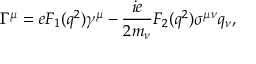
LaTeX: \Gamma ^ { \mu } = e F _ { 1 } ( q ^ { 2 } ) \gamma ^ { \mu } - \frac { i e } { 2 m _ { \nu } } F _ { 2 } ( q ^ { 2 } ) \sigma ^ { \mu \nu } q _ { \nu } ,